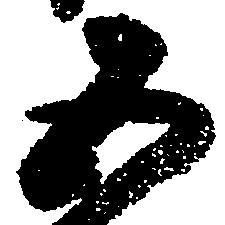
五